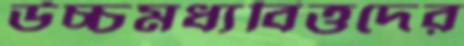
উচ্চমধ্যবিত্তদের